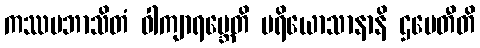
ကဿပဘာသိတံ ဝါကျာရမ္ဘေတိ ပရိယောသာနာနိ ဌပေတီတိ